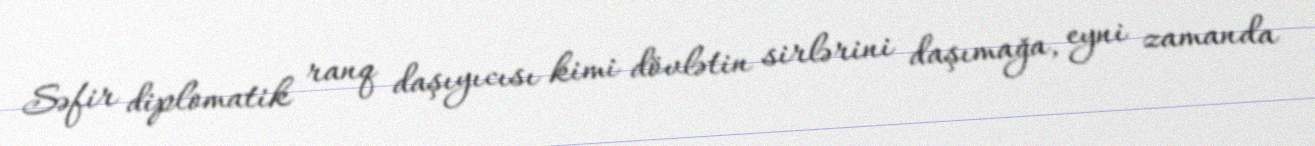
Səfir diplomatik ranq daşıyıcısı kimi dövlətin sirlərini daşımağa, eyni zamanda